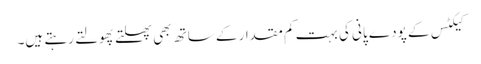
کیکٹس کے پودے پانی کی بہت کم مقدار کے ساتھ بھی پھلتے پھولتے رہتے ہیں۔